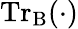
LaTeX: \mathrm{Tr}_{\mathrm{B}}(\cdot)